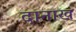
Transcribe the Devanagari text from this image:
दानाख